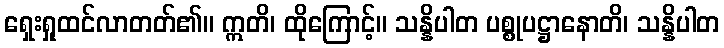
ရှေးရှုထင်လာတတ်၏။ ဣတိ၊ ထိုကြောင့်။ သန္နိပါတ ပစ္စုပဋ္ဌာနောတိ၊ သန္နိပါတ